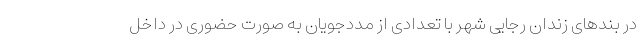
در بندهای زندان رجایی شهر با تعدادی از مددجویان به صورت حضوری در داخل